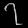
Digit: ၇